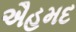
ઐહમદ